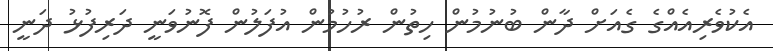
އެކުވެރިއެއްގެ ގެއަށް ދާން ބުނުމުން ހިތުން ރުހުމުން އުފަލުން ފޮނުވަނީ ދަރިފުޅު ދަނީ